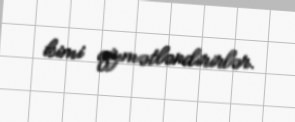
kimi qiymətləndirirlər.